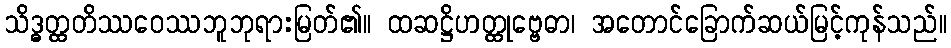
သိဒ္ဓတ္ထတိဿဝေဿဘူဘုရားမြတ်၏။ ထဆဋ္ဌိဟတ္ထုဗ္ဗေဓာ၊ အတောင်ခြောက်ဆယ်မြင့်ကုန်သည်။